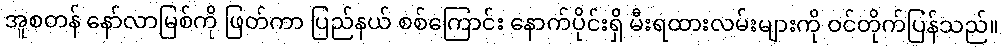
အူစတန် နော်လာမြစ်ကို ဖြတ်ကာ ပြည်နယ် စစ်ကြောင်း နောက်ပိုင်းရှိ မီးရထားလမ်းများကို ဝင်တိုက်ပြန်သည်။